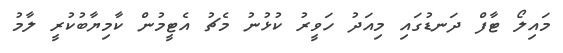
މައިލޯ ޓާފް ދަނޑުގައި މިއަދު ހަވީރު ކުޅުނު މެޗު އެޓީމުން ކާމިޔާބުކުރީ ލާމު